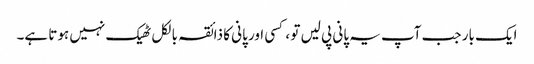
ایک بار جب آپ یہ پانی پی لیں تو ، کسی اور پانی کا ذائقہ بالکل ٹھیک نہیں ہوتا ہے۔